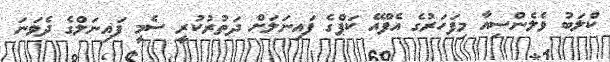
ކްލަބު ވެލެންސިއާ މިފަހަރުގެ އެފްއޭ ކަޕްގެ ފައިނަލަށް ދަތުރުކުރީ ސެމީ ފައިނަލްގެ ދެވަނަ